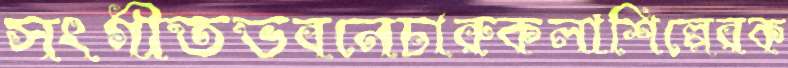
সংগীতভবনেচারুকলাশিল্পেরক